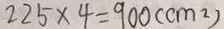
2 2 5 \times 4 = 9 0 0 ( c m ^ { 2 } )